Report on vaccination in the Province of Bengal - 1874-1889
Year: 1874
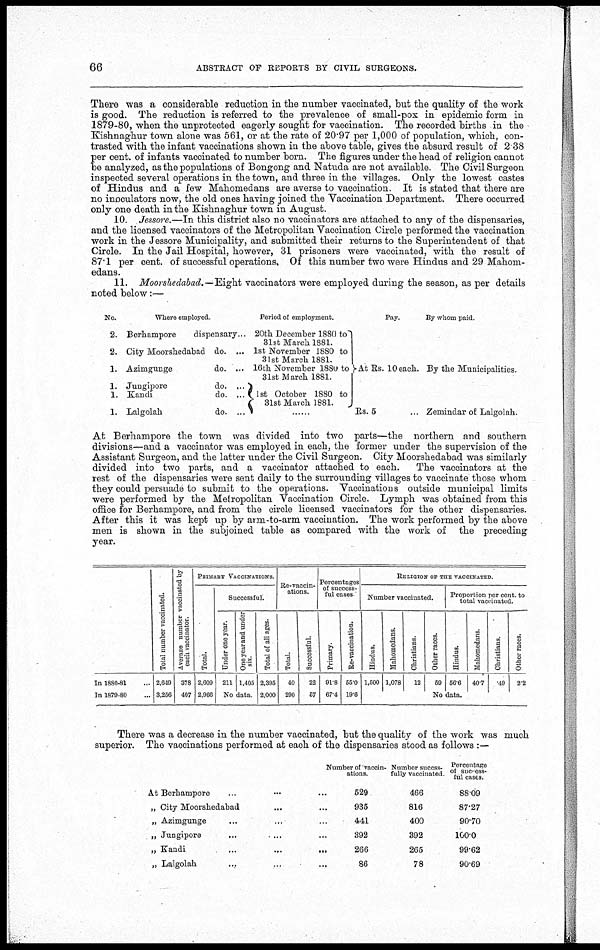
66
ABSTRACT OF REPORTS BY CIVIL SURGEONS.
There was a considerable reduction in the number vaccinated, but the quality of the work
is good. The reduction is referred to the prevalence of small-pox in epidemic form in
1879-80, when the unprotected eagerly sought for vaccination. The recorded births in the
Kishnaghur town alone was 561, or at the rate of 20.97 per 1,000 of population, which, con-
trasted with the infant vaccinations shown in the above table, gives the absurd result of 2.38
per cent. of infants vaccinated to number born. The figures under the head of religion cannot
be analyzed, as the populations of Bongong and Natuda are not available. The Civil Surgeon
inspected several operations in the town, and three in the villages. Only the lowest castes
of Hindus and a few Mahomedans are averse to vaccination. It is stated that there are
no inoculators now, the old ones having joined the Vaccination Department. There occurred
only one death in the Kishnaghur town in August.
10. Jessore.—In this district also no vaccinators are attached to any of the dispensaries,
and the licensed vaccinators of the Metropolitan Vaccination Circle performed the vaccination
work in the Jessore Municipality, and submitted their returns to the Superintendent of that
Circle. In the Jail Hospital, however, 31 prisoners were vaccinated, with the result of
87.1 per cent. of successful operations. Of this number two were Hindus and 29 Mahom-
edans.
11. Moorshedabad.—Eight vaccinators were employed during the season, as per details
noted below:—
No.
2.
2.
1.
1.
1.
1.
Where employed.
Berhampore
dispensary...
City Moorshedabad do. ...
Azimgunge
do. ...
Jungipore
do. ...
Kandi
do. ...
Lalgolah
do. ...
Period of employment.
20th December 1880 to
31st March 1881.
1st November 1880 to
31st March 1881.
16th November 1880 to
31st March 1881.
1st October 1880 to
31st March 1881.
Pay.
At Rs. 10 each.
Rs. 5
...
By whom paid.
By the Municipalities.
Zemindar of Lalgolah.
At Berhampore the town was divided into two parts—the northern and southern
divisions—and a vaccinator was employed in each, the former under the supervision of the
Assistant Surgeon, and the latter under the Civil Surgeon. City Moorshedabad was similarly
divided into two parts, and a vaccinator attached to each.
The vaccinators at the
rest of the dispensaries were sent daily to the surrounding villages to vaccinate those whom
they could persuade to submit to the operations. Vaccinations outside municipal limits
were performed by the Metropolitan Vaccination Circle. Lymph was obtained from this
office for Berhampore, and from the circle licensed vaccinators for the other dispensaries.
After this it was kept up by arm-to-arm vaccination. The work performed by the above
men is shown in the subjoined table as compared with the work of the preceding
year.
In 1880-81...
In 1879-80...
Total number vaccinated.
2,649
3,256
Average number vaccinated by
each vaccinator.
378
407
PRIMARY VACCINATIONS.
Total.
2,609
2,966
Successful.
Under one year.
211
One year and under
six.
1,405
No data.
Total of all ages.
2,395
2,000
Re-vaccin-
ations.
Total.
40
290
Successful.
22
57
Percentages
of success-
ful cases.
Primary.
91.8
67.4
Re-vaccination.
55.0
19.6
RELIGION OF THE VACCINATED.
Number vaccinated.
Hindus.
1,500
Mahomedans.
1,078
Christians.
12
Other races.
59
Proportion per cent. to
total vaccinated.
Hindus.
56.6
Mahomedans.
40.7
Christians.
.49
Other races.
2.2
No data.
There was a decrease in the number vaccinated, but the quality of the work was much
superior. The vaccinations performed at each of the dispensaries stood as follows :—
At Berhampore... ... ...
„ City Moorshedabad... ... ...
„ Azimgunge... ... ...
„ Jungipore... ... ...
„ Kandi
...
...
...
„ Lalgolah... ... ...
Number of vaccin-
ations.
529
935
441
392
266
86
Number succss-
fully vaccinated.
466
816
400
392
265
78
Percentage
of success-
ful cases.
88.09
87.27
90.70
100.0
99.62
90.69